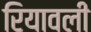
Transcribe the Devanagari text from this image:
रियावली